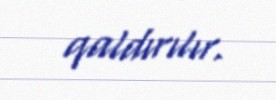
qaldırılır.